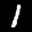
Label: 1